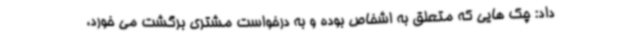
داد: چک هایی که متعلق به اشخاص بوده و به درخواست مشتری برگشت می خورد،